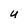
Character: U